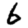
Digit: 6